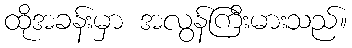
ထိုအခန်းမှာ အလွန်ကြီးမားသည်။